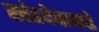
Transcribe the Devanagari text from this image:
खंडदेवाकडे